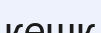
кешк